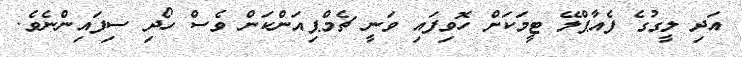
އަދި ލީގުގެ ފެއާޕްލޭ ޓީމަކަށް ހޮވިފައި ވަނީ ޗެމްޕިއަންކަން ވެސް ހޯދި ސިފައިންނެވެ.